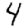
Digit: 4